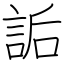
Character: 詬